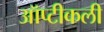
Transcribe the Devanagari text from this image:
ऑप्टीकली